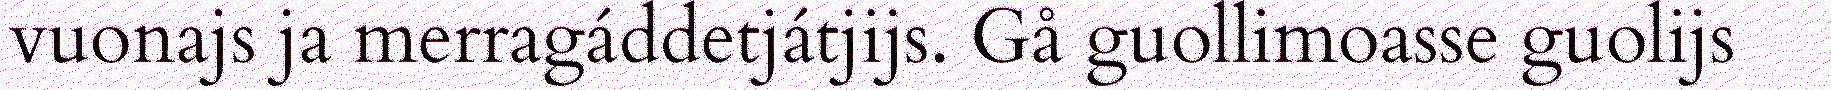
vuonajs ja merragáddetjátjijs. Gå guollimoasse guolijs